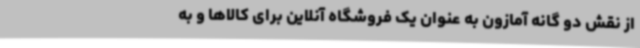
از نقش دو گانه آمازون به عنوان یک فروشگاه آنلاین برای کالاها و به